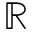
\mathbb { R }